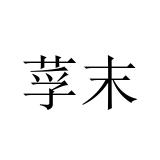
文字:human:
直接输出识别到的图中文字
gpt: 莩末